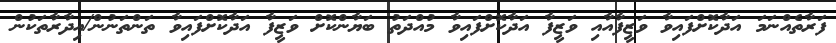
ފަރާތެއްނަމަ އަދާކޮށްފައިވާ ވަޒީފާއާއި ވަޒީފާ އަދާކޮށްފައިވާ މުއްދަތު ބަޔާންކޮށް ވަޒީފާ އަދާކޮށްފައިވާ ތަންތަނުން/އިދާރާތަކުން